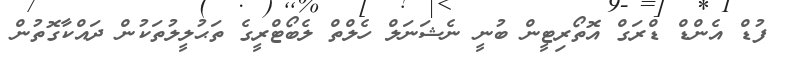
ފުޑް އެންޑް ޑްރަގް އޮތޯރިޓީން ބުނީ ނެޝަނަލް ހެލްތް ލެބޯޓްރީގެ ތަޙުލީލުތަކުން ދައްކާގޮތުން